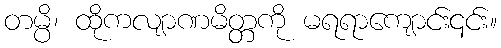
တမ္ပိ၊ ထိုကလျာဏမိတ္တကို မရရာကျောင်း၎င်း။